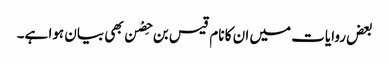
بعض روایات میں ان کا نام قیس بن حِصْن بھی بیان ہوا ہے۔